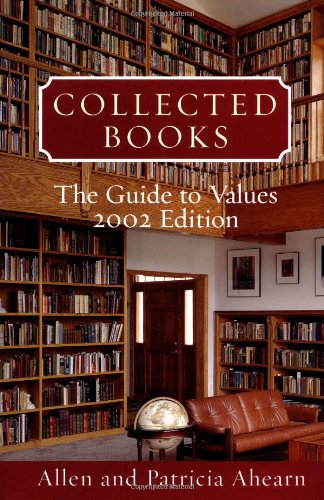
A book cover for Collected Books: The Guide to Values 2002 Edition (Collected Books); Allen Ahearn; Crafts, Hobbies & Home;